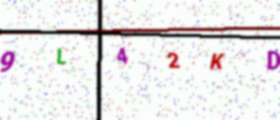
Text: 9L42KD